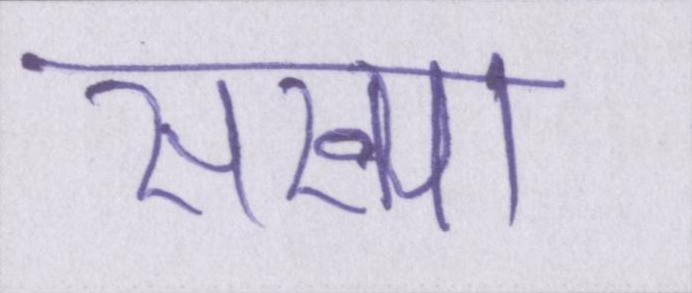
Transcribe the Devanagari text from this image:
संख्या